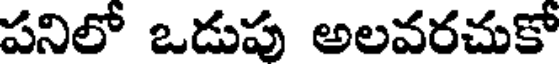
పనిలో ఒడుపు అలవరచుకో